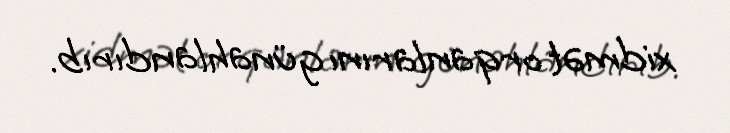
xidmət orqanlarını günahlandırıb.